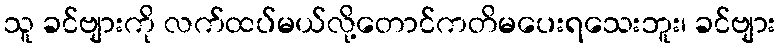
သူ ခင်ဗျားကို လက်ထပ်မယ်လို့တောင်ကတိမပေးရသေးဘူး၊ ခင်ဗျား